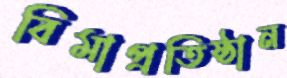
বিমাপ্রতিষ্ঠান